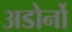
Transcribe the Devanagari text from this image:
अडोर्नो